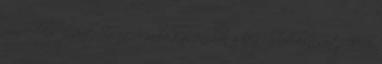
mindeddig elzárt Sierra Madre kaszinóban a legendás kincset. 2011.